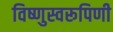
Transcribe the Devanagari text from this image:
विष्णुस्वरूपिणी